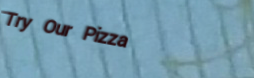
Try Our Pizza